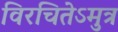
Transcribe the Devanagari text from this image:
विरचितेऽमुत्र